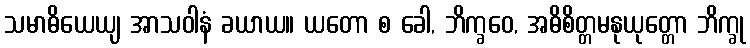
သမာဓိယေယျ အာသဝါနံ ခယာယ။ ယတော စ ခေါ, ဘိက္ခဝေ, အဓိစိတ္တမနုယုတ္တော ဘိက္ခု